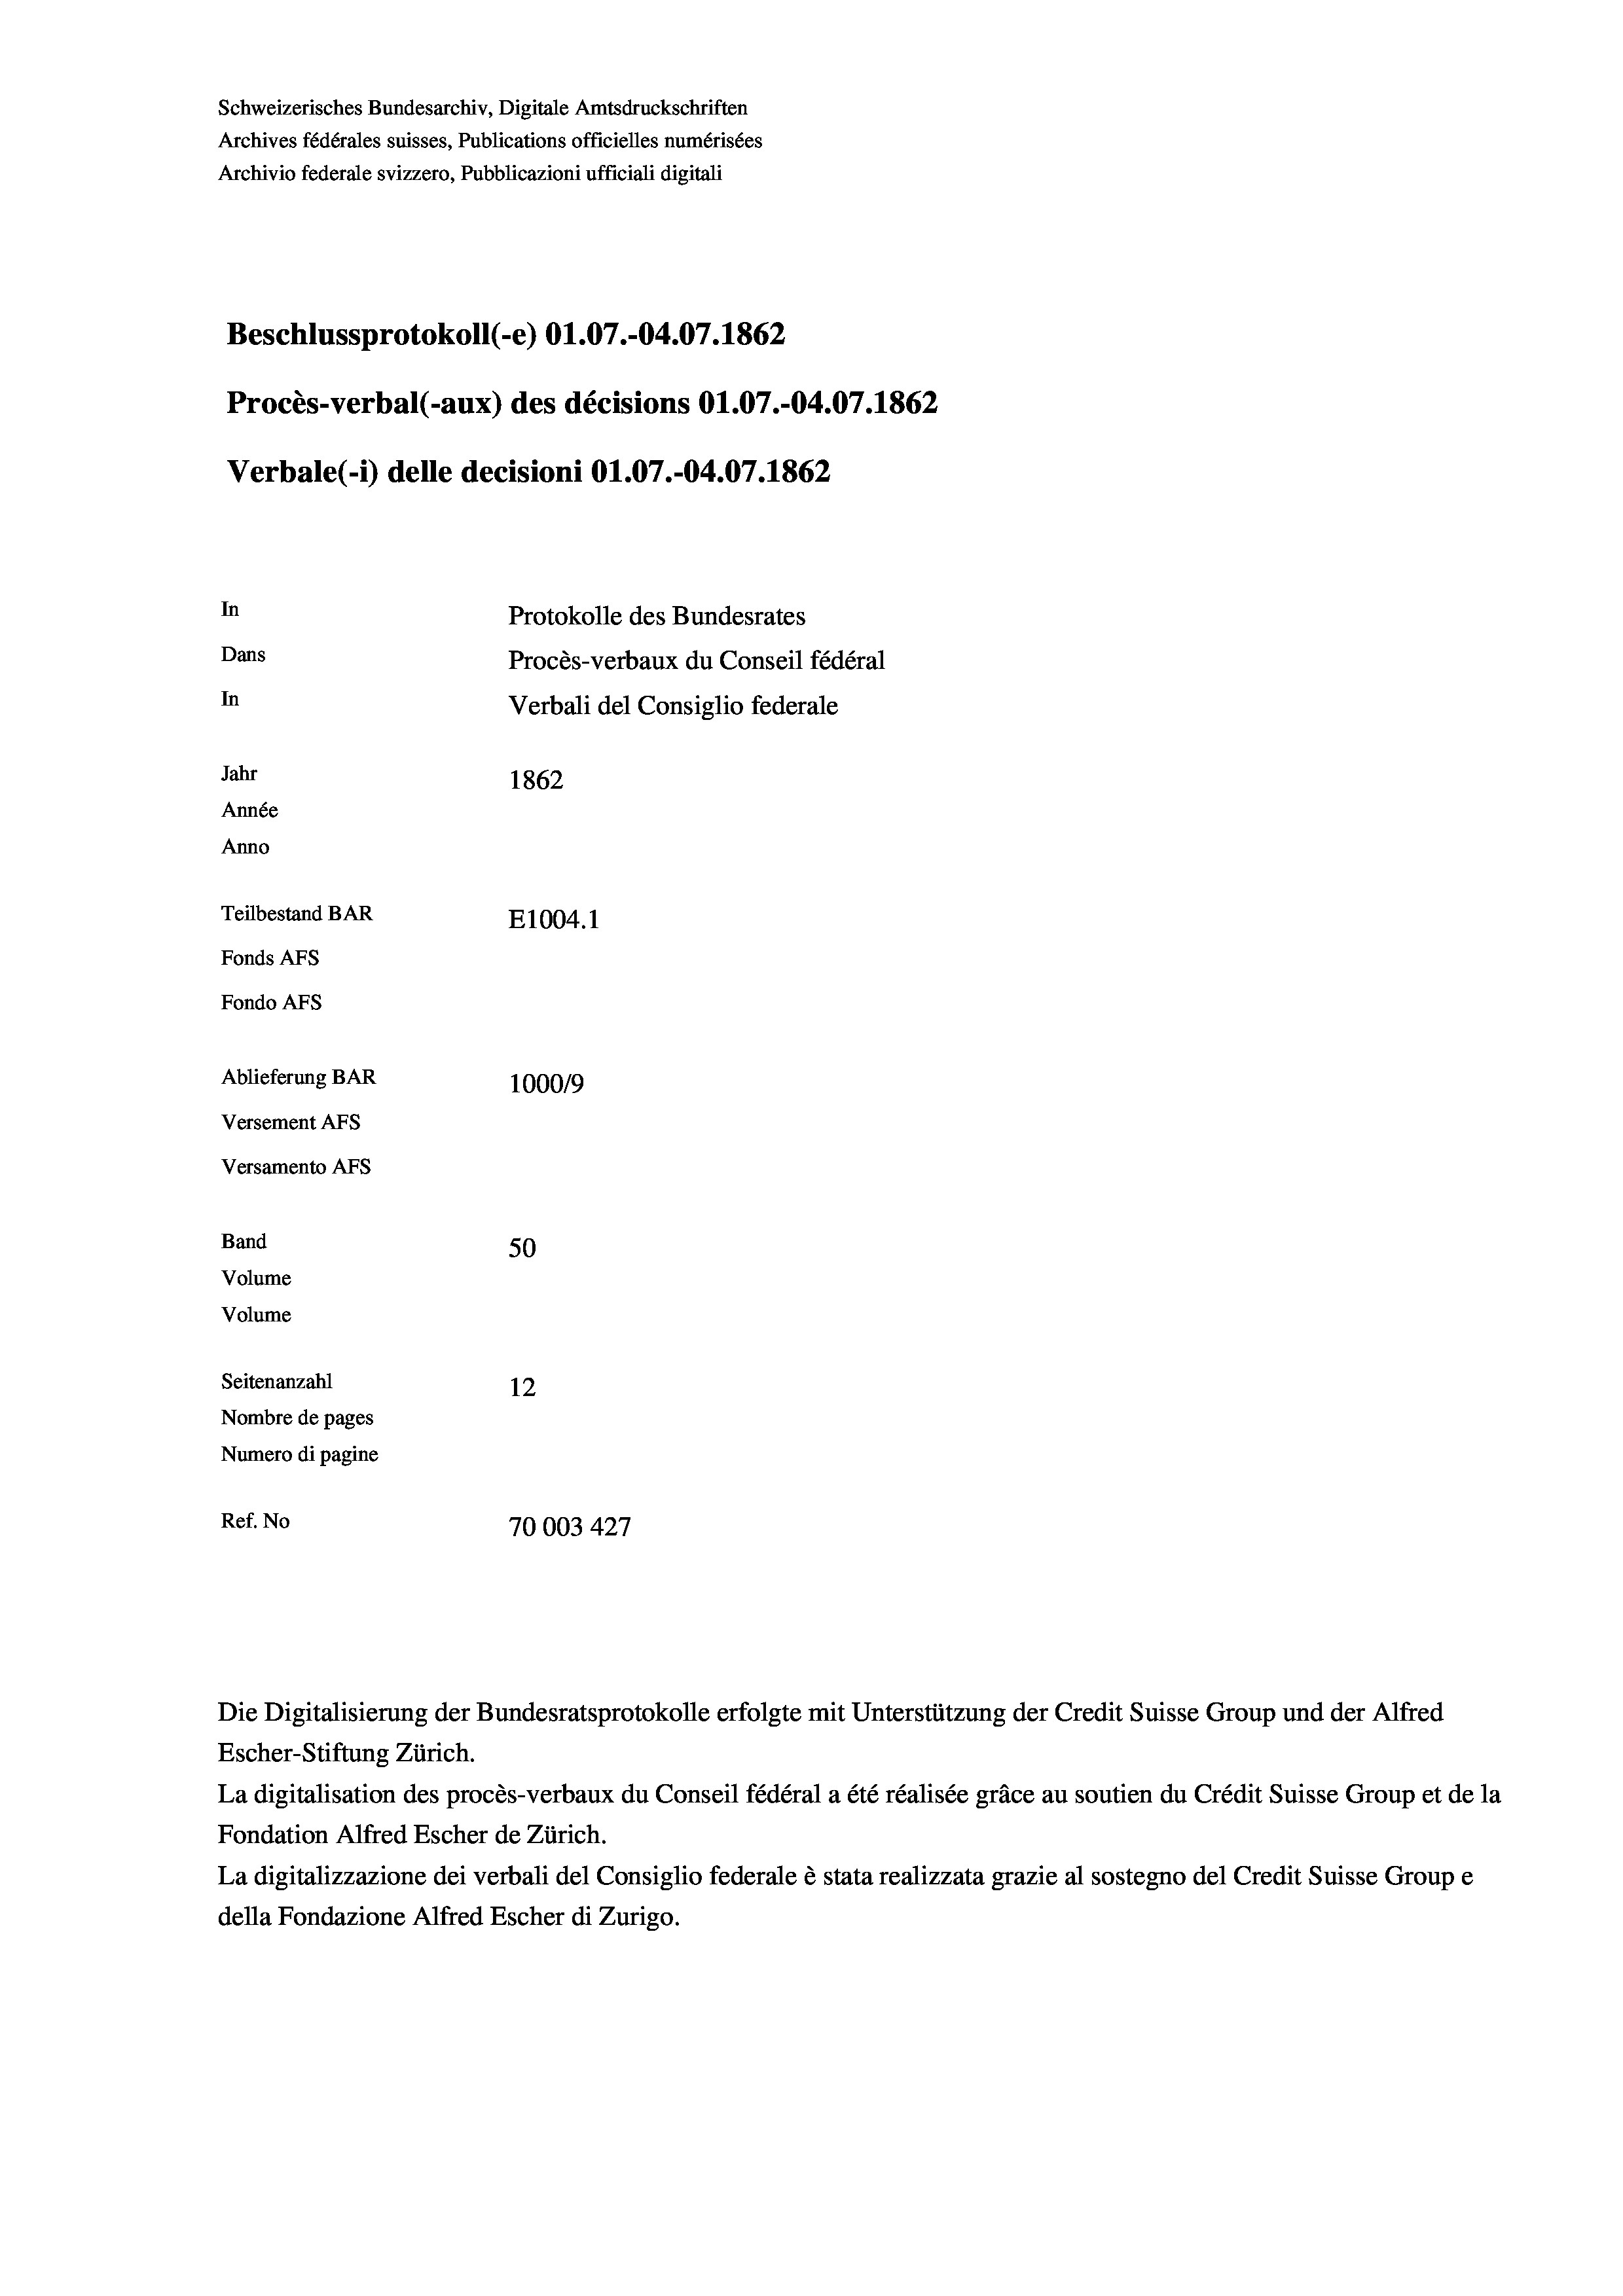
Schweizerisches Bundesarchiv, Digitale Amtsdruckschriften
Archives fédérales suisses, Publications officielles numérisées
Archivio federale svizzero, Pubblicazioni ufficiali digitali
Beschlussprotokoll (e) O1.07.-04.07. 1862
Procès-verbal (-aux) des décisions O1.07.-04.07. 1862
Verbale (1) delle decisioni O1.07.-04.07. 1862
In
Protokolle des Bundesrates
Dans
Procès-verbaux du Conseil fédéral
In
Verbali del Consiglio federale
Jahr
1862
Année
Anno
Teilbestand BAR
E1004. 1
Fonds AFs
Fondo AFS
Ablieferung BAR
100019
Versement As
Versamento Afs
Band
50
Volume
Volume

Seitenanzahl
12
Nombre de pages
Numero di pagine
Ref. No
70003427

Escher-Stiftung Zürich.
La digitalisation des procès-verbaux du Conseil fédéral a été réalisée gräce au soutien du Crédit Suisse Group et de la
Fondation Alfred Escher de Zürich.
La digitalizzazione dei verbali del Consiglio federale è stata realizzata grazie al sostegno del Credit Suisse Groupe
della Fondazione Alfred Escher di Zurigo.

Die Digitalisierung der Bundesratsprotokolle erfolgte mit Unterstützung der Credit Suisse Group und der Alfred